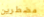
مضطرين